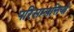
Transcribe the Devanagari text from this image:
परिसम्‍पत्तियों